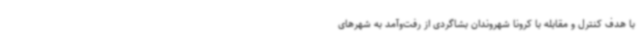
با هدف کنترل و مقابله با کرونا شهروندان بشاگردی از رفت‌وآمد به شهر‌های